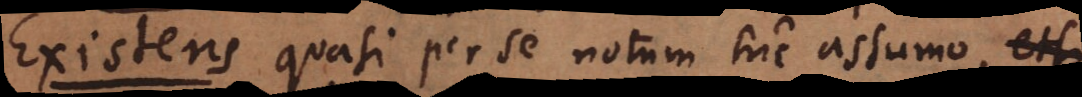
sibi pluquasi per se notum hic assumo, et